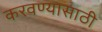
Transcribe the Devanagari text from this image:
करवण्यासाठी